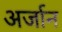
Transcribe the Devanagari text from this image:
अर्जान